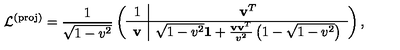
\mathcal { L } ^ { \mathrm { ( p r o j ) } } = \frac { 1 } { \sqrt { 1 - v ^ { 2 } } } \left( \begin{array} { c | c } { 1 } & { \mathbf { v } ^ { T } } \\ \hline { \mathbf { v } } & { \sqrt { 1 - v ^ { 2 } } { \bf 1 } + \frac { \mathbf { v } \mathbf { v } ^ { T } } { v ^ { 2 } } \left( 1 - \sqrt { 1 - v ^ { 2 } } \right) } \\ \end{array} \right) ,